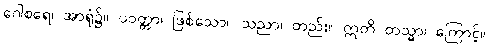
ဂေါစရေ၊ အာရုံ၌။ ပဝတ္တာ၊ ဖြစ်သော။ သညာ၊ တည်း။ ဣတိ တသ္မာ၊ ကြောင့်။